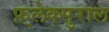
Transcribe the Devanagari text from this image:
फ़्लेक्सुराल